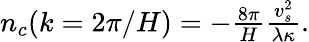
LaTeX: \begin{array}{r}{n_{c}(k=2\pi/H)=-\frac{8\pi}{H}\frac{v_{s}^{2}}{\lambda\kappa}.}\end{array}